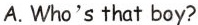
A.Who's that boy?